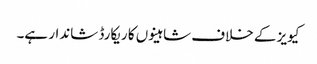
کیویز کے خلاف شاہینوں کا ریکارڈ شاندار ہے۔